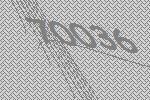
70036